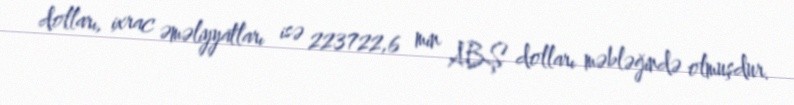
dolları, ixrac əməliyyatları isə 223722,6 min ABŞ dolları məbləğində olmuşdur.